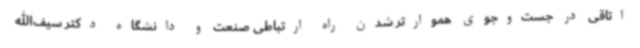
اتاقی در جست‌وجوی هموارتر شدن راه ارتباطی صنعت و دانشگاه دکتر سیف‌الله